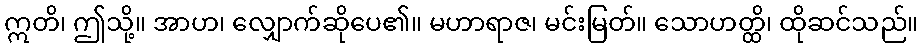
ဣတိ၊ ဤသို့။ အာဟ၊ လျှောက်ဆိုပေ၏။ မဟာရာဇ၊ မင်းမြတ်။ သောဟတ္ထိ၊ ထိုဆင်သည်။